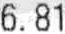
6.81